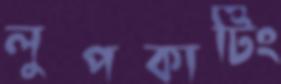
লুপকাটিং